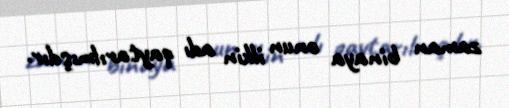
zaman binaya onun ilkin adı qaytarılmışdır.